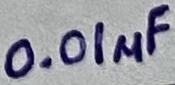
Text: 0.01µF